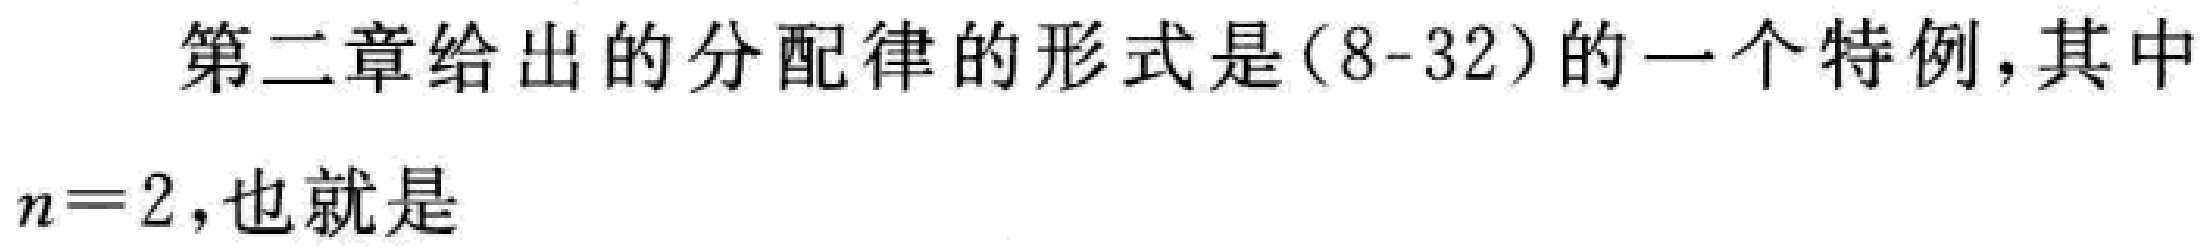
第二章给出的分配律的形式是(8-32)的一个特例,其中

$n = 2$,也就是